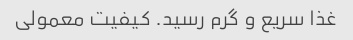
غذا سریع و گرم رسید. کیفیت معمولی